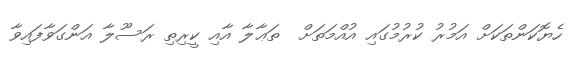
ހެޔޮކަންތަކަށް އަމުރު ކުރުމުގައި އުއްމަތަށް  ތަޢާލާ އާއި ކީރިތި ރަސޫލާ އަންގަވާފައިވާ